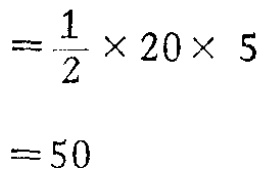
\[

\begin{align*}

&=\frac{1}{2} \times 20\times 5\\

&= 50

\end{align*}

\]